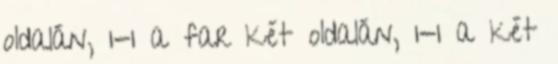
oldalán, 1-1 a far két oldalán, 1-1 a két